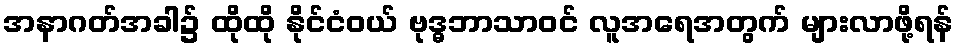
အနာဂတ်အခါ၌ ထိုထို နိုင်ငံဝယ် ဗုဒ္ဓဘာသာဝင် လူအရေအတွက် များလာဖို့ရန်